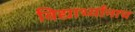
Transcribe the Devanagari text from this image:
विद्यार्थ्यांनाच